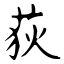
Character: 荻